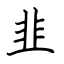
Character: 韭